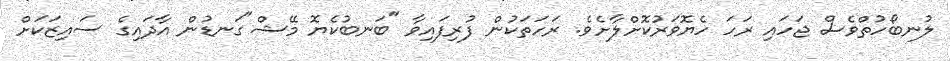
ލުނބޯހުތްވެސް ޖަހައި ރަހަ ހެޔޮވަރުކޮށްލާށެވެ. ރަހަތަކުން ފުރިފައިވާ "ބަނބުކެޔޮ މޭޝް"ގަނޑުން އާދައިގެ ސައިޒަކަށް